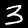
Label: 3